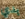
بدي